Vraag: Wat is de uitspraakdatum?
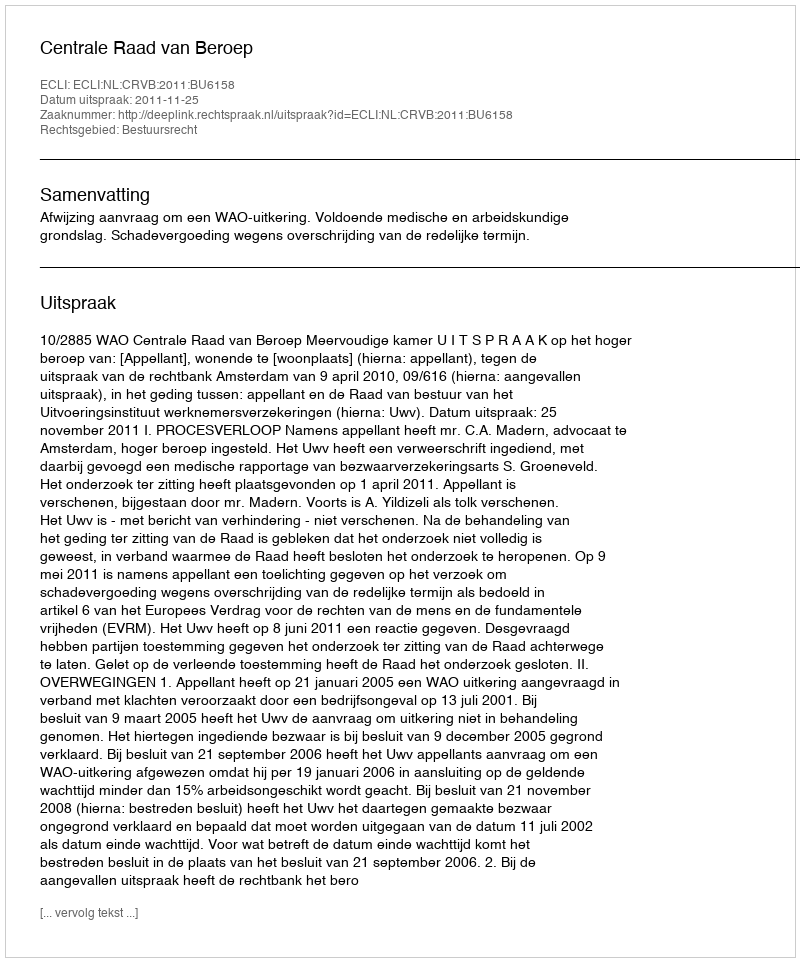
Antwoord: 2011-11-25